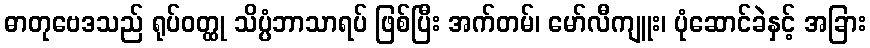
ဓာတုဗေဒသည် ရုပ်ဝတ္ထု သိပ္ပံဘာသာရပ် ဖြစ်ပြီး အက်တမ်၊ မော်လီကျူး၊ ပုံဆောင်ခဲနှင့် အခြား